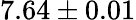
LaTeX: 7.64\pm 0.01